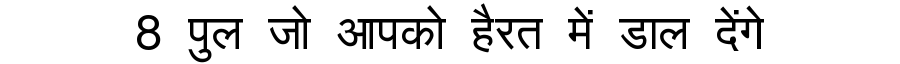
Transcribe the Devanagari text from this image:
8 पुल जो आपको हैरत में डाल देंगे